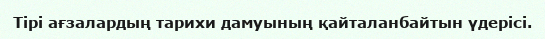
Тірі ағзалардың тарихи дамуының қайталанбайтын үдерісі.